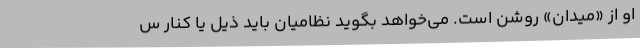
او از «میدان» روشن است. می‌خواهد بگوید نظامیان باید ذیل یا کنار س